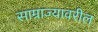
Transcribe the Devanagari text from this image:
साम्राज्यावरील